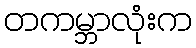
တကမ္ဘာလုံးက